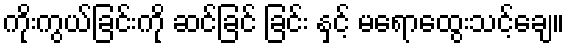
ကိုးကွယ်ခြင်းကို ဆင်ခြင် ခြင်း နှင့် မရောထွေးသင့်ချေ။